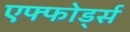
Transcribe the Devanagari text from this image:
एफ्फोर्ड्स